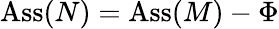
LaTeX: \operatorname{Ass}(N)=\operatorname{Ass}(M)-\Phi